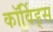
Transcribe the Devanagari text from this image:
कॉर्विड्स